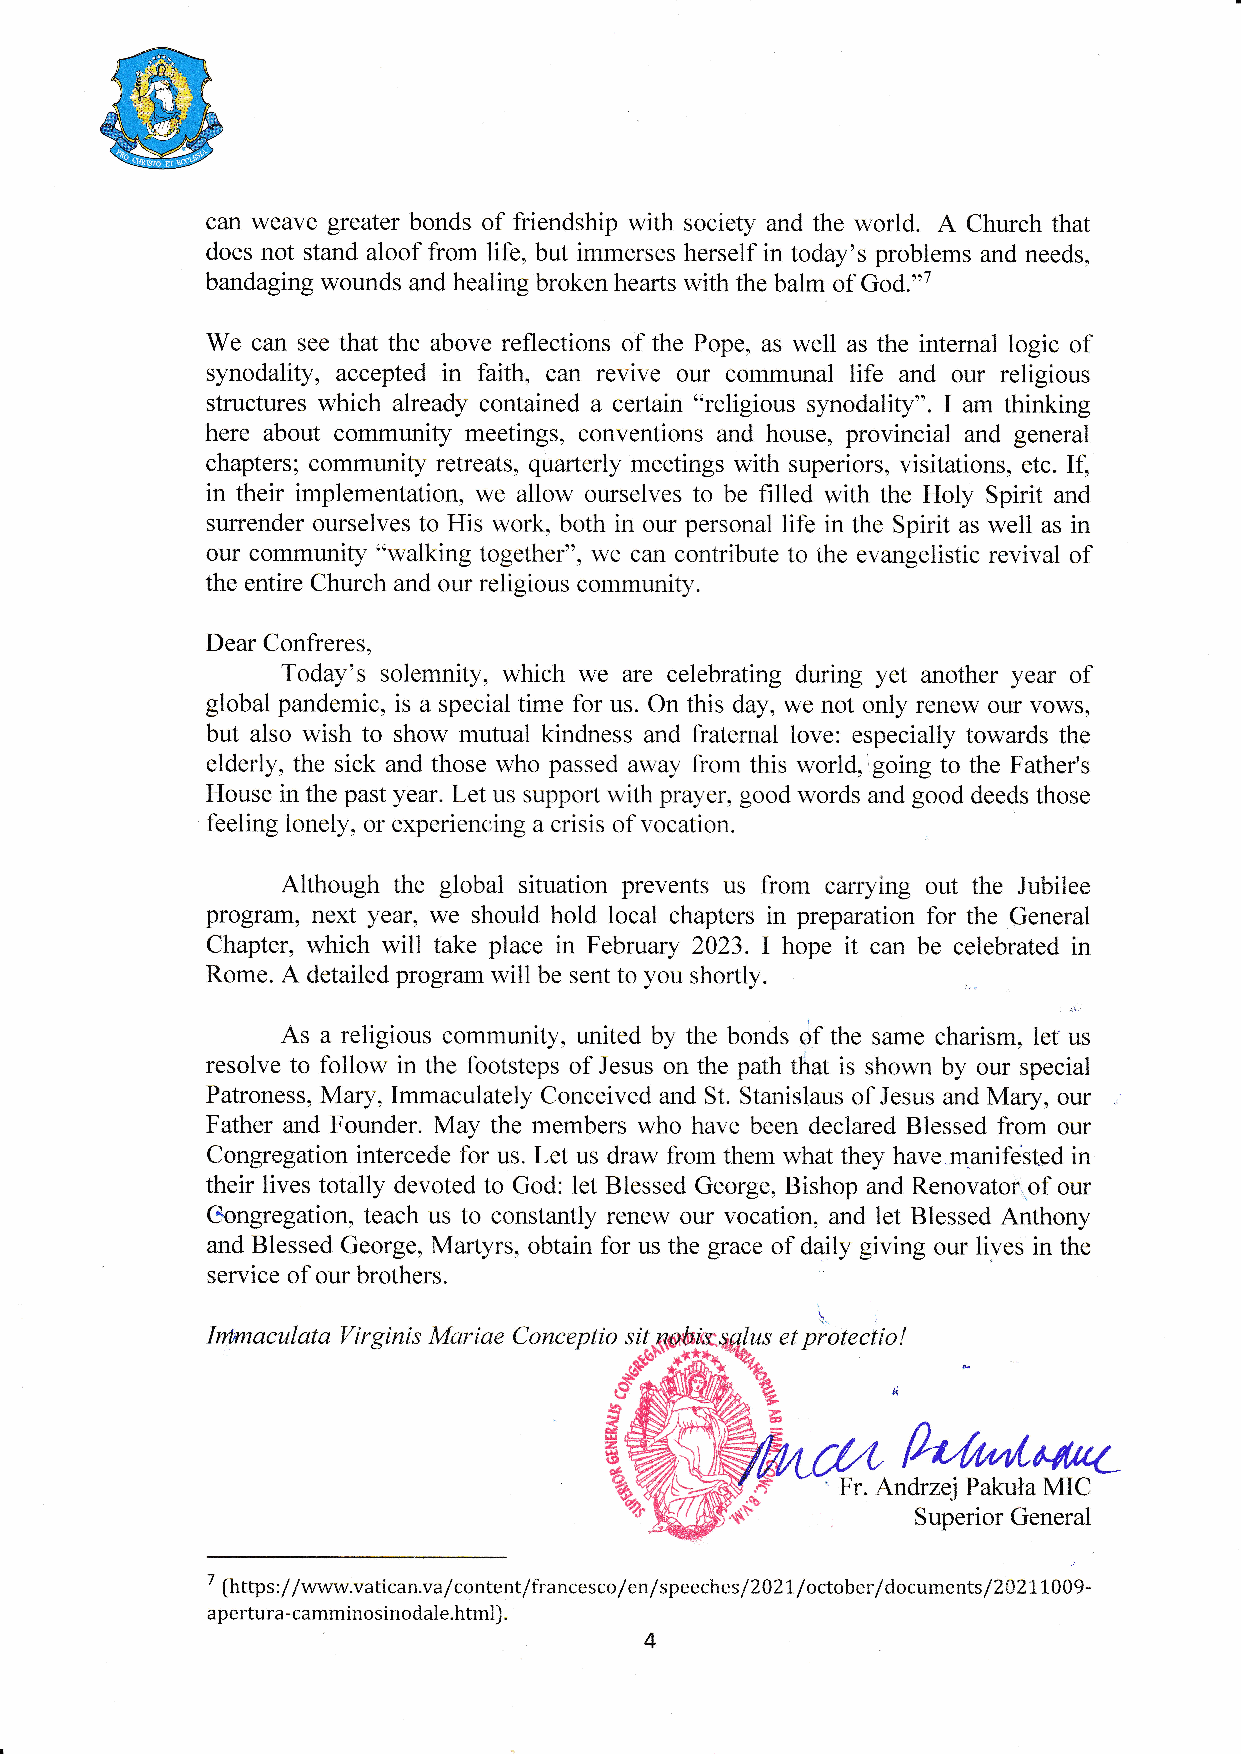
can weave greater bonds of friendship with society and the world. A Church that
 does not stand aloof from life, but immerses herself in today's problems and needs
 bandaging wounds and healing broken hearts with the balm of God."7
 We can see that the above reflections of'the Pope, as well as the internal logic of
 synodality, accepted in faith, can revive our communal life and our religious
 structures which already contained a cer:tun "religious synodality". I am thinking
 here about community meetings, conventions and house, provincial and general
 chapters; community retreats, quarterly meetings with superiors, visitations, etc. If,
 in their implementation, we allow ourselves to be filled with the Holy Spirit and
 surrender ourselves to His work, both in our personal life in the Spirit as well as in
 our community "walking together", we can contribute to the evangelistic revival of
 the entire Church and our religious community.
 Dear Confreres,
 Today's solemnity, which we are celebrating during yet another year of
 global pandemic, is a special time for us. On this day, we not only renew our vows,
 but also wish to show mutual kindness and fraternal love: especially towards the
 elderly, the sick and those who passed away from this world,igoing to the Father's
 House in the past year. Let us support with prayer, good words and good deeds those
 feeling lonely, or experiencing a crisis of vocation
 Although the global situation prevents us from carrying out the Jubilee
 progrÉÌm, next year, we should hold local chapters in preparation for the General
 Chapter, which will take place in February 2023. I hope it can be celebrated in
 shortly
 Rome. A detailed program will be sent to you
 *,
 As a religious community, united by the bonds dt tf,. same charism, let us
 resolve to follow in the footsteps of Jesus on the path tÈat is shown by our special
 Patroness, Mary, Immaculately Conceived and St. Stanislaus of Jesus and Mary, our
 Father and Founder. May the members who have been declared Blessed from our
 Congregation intercede for us. Let us draw from them what they have.m-anifqsted in
 their lives totally devoted to God: let Blessed George, Bishop and Renovatorrof our
 C{ongregation, teach us to constantly renew our vocation, and let Blessed Anthony
 and Blessed George, Martyrs, obtain for us the grace of daily giving our lives in the
 service of our brothers.
 \
 \\i\t
 I%wtaculata Yir ginis Marise       lus et protectio !
 ru
 Fr. Andrzej Pakula MIC
 [§
 Superior General
 7 (https://www.vatican.va/content/francesco/en/spe eches/2021/octoberfdocuments/20211009-
 apertura-camminosinodale.html).